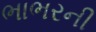
ભાભરની